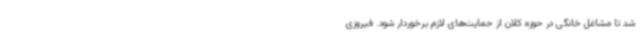
شد تا مشاغل خانگی در حوزه کلان از حمایت‌های لازم برخوردار شود. فیروزی